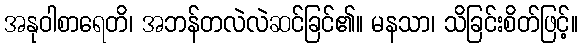
အနုဝါစာရေတိ၊ အဘန်တလဲလဲဆင်ခြင်၏။ မနသာ၊ သိခြင်းစိတ်ဖြင့်။